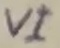
Text: VI